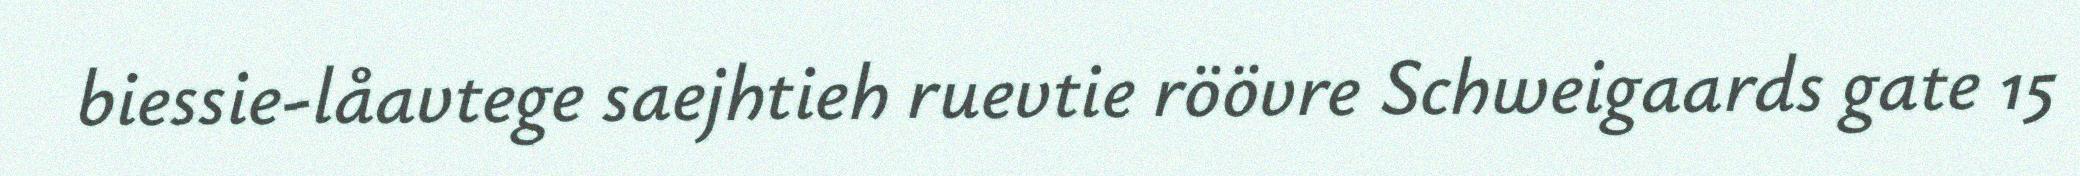
biessie-låavtege saejhtieh ruevtie röövre Schweigaards gate 15